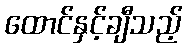
ထောင်နှင့်ချီသည့်